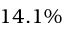
1 4 . 1 \%